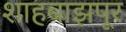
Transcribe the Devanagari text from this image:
शाहबाझपूर